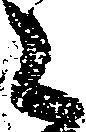
々